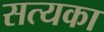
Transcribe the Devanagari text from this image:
सत्यका